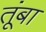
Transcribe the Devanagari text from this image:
तूंबा